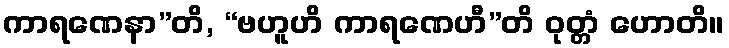
ကာရဏေနာ”တိ, “ဗဟူဟိ ကာရဏေဟီ”တိ ဝုတ္တံ ဟောတိ။